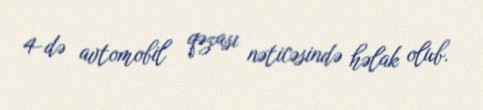
4-də avtomobil qəzası nəticəsində həlak olub.